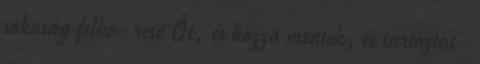
sokaság felke− resé Őt, és hozzá mentek, és tartóztat−